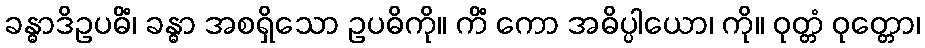
ခန္ဓာဒိဥပဓိံ၊ ခန္ဓာ အစရှိသော ဥပဓိကို။ ကိံ ကော အဓိပ္ပါယော၊ ကို။ ဝုတ္တံ ဝုတ္တော၊